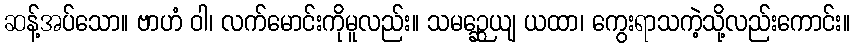
ဆန့်အပ်သော။ ဗာဟံ ဝါ၊ လက်မောင်းကိုမူလည်း။ သမဉ္ဆေယျ ယထာ၊ ကွေးရာသကဲ့သို့လည်းကောင်း။